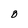
Character: B